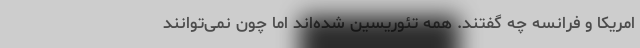
امریکا و فرانسه چه گفتند. همه تئوریسین شده‌اند اما چون نمی‌توانند